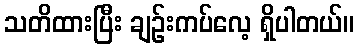
သတိထားပြီး ချဉ်းကပ်လေ့ ရှိပါတယ်။